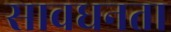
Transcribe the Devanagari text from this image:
सावधनता